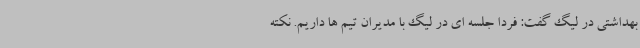
بهداشتی در لیگ گفت: فردا جلسه ای در لیگ با مدیران تیم ها داریم. نکته